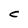
Character: C